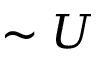
\sim U